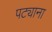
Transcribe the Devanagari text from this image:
पट्याना